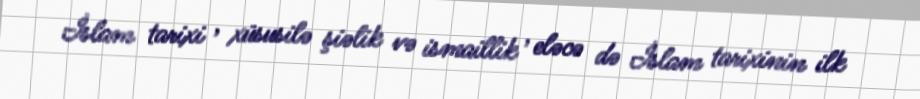
İslam tarixi , xüsusilə şiəlik və ismaillik , eləcə də İslam tarixinin ilk